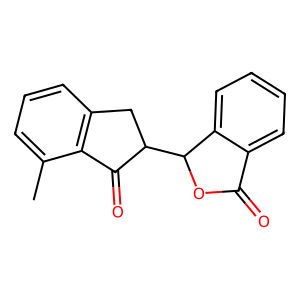
SMILES: Cc1cccc2c1C(=O)C(C1OC(=O)c3ccccc31)C2
Inhibits HIV replication: No